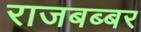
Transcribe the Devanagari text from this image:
राजबब्बर